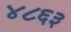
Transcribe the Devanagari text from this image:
४८६३